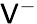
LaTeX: \mathsf{V}^{-}